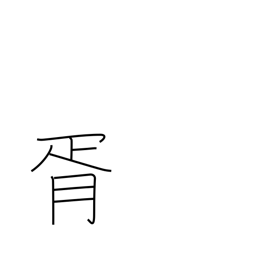
Meaning: mutual